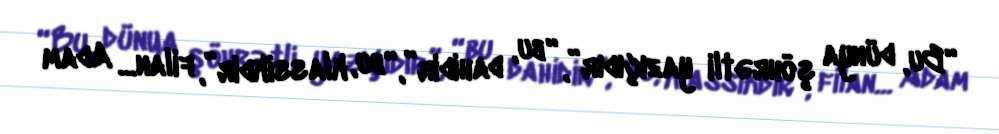
“Bu, dünya şöhrətli yazıçıdır”, “bu, dahidir”, “bu, klassikdir”, filan... Adam